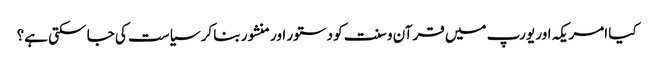
کیا امریکہ اور یورپ میں قرآن و سنت کو دستور اور منشور بنا کر سیاست کی جا سکتی ہے؟